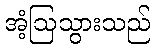
အံ့ဩသွားသည်